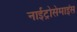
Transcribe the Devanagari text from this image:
नाईट्रोसेमाइंस